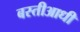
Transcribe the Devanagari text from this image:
बस्तीआधी